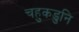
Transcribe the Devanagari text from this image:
चहुकडुनि